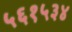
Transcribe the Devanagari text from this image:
५६१५३४